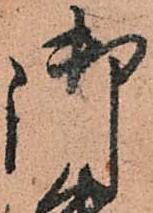
御